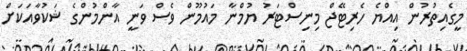
މީގެއިތުރުން އިއްޔެ ހެރިޓޭޖް މިނިސްޓަރު ޔުމްނާ މައުމޫން ވެސް ވަނީ އާންމުންގެ ޝަކުވާއަކަށް